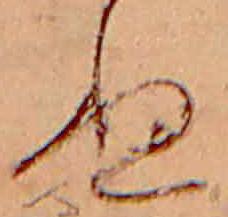
ぬ